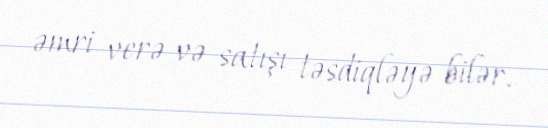
əmri verə və satışı təsdiqləyə bilər.